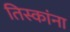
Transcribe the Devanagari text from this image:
तिस्कांना